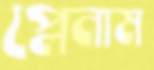
প্লেনাম